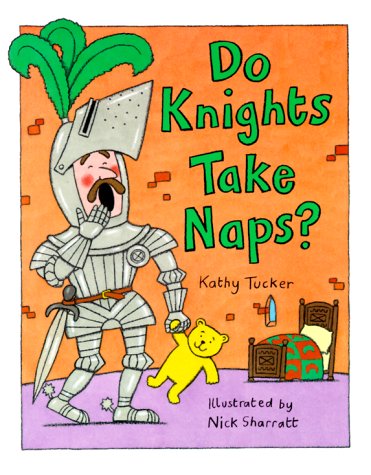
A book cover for Do Knights Take Naps?; Kathy Tucker; Children's Books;